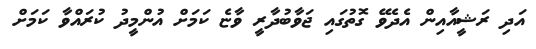
އަދި ރަޝީއާއިން އެދެވޭ ގޮތުގައި ޖަވާބުދާރީ ވާޏެ ކަމަށް އުންމީދު ކުރައްވާ ކަމަށް